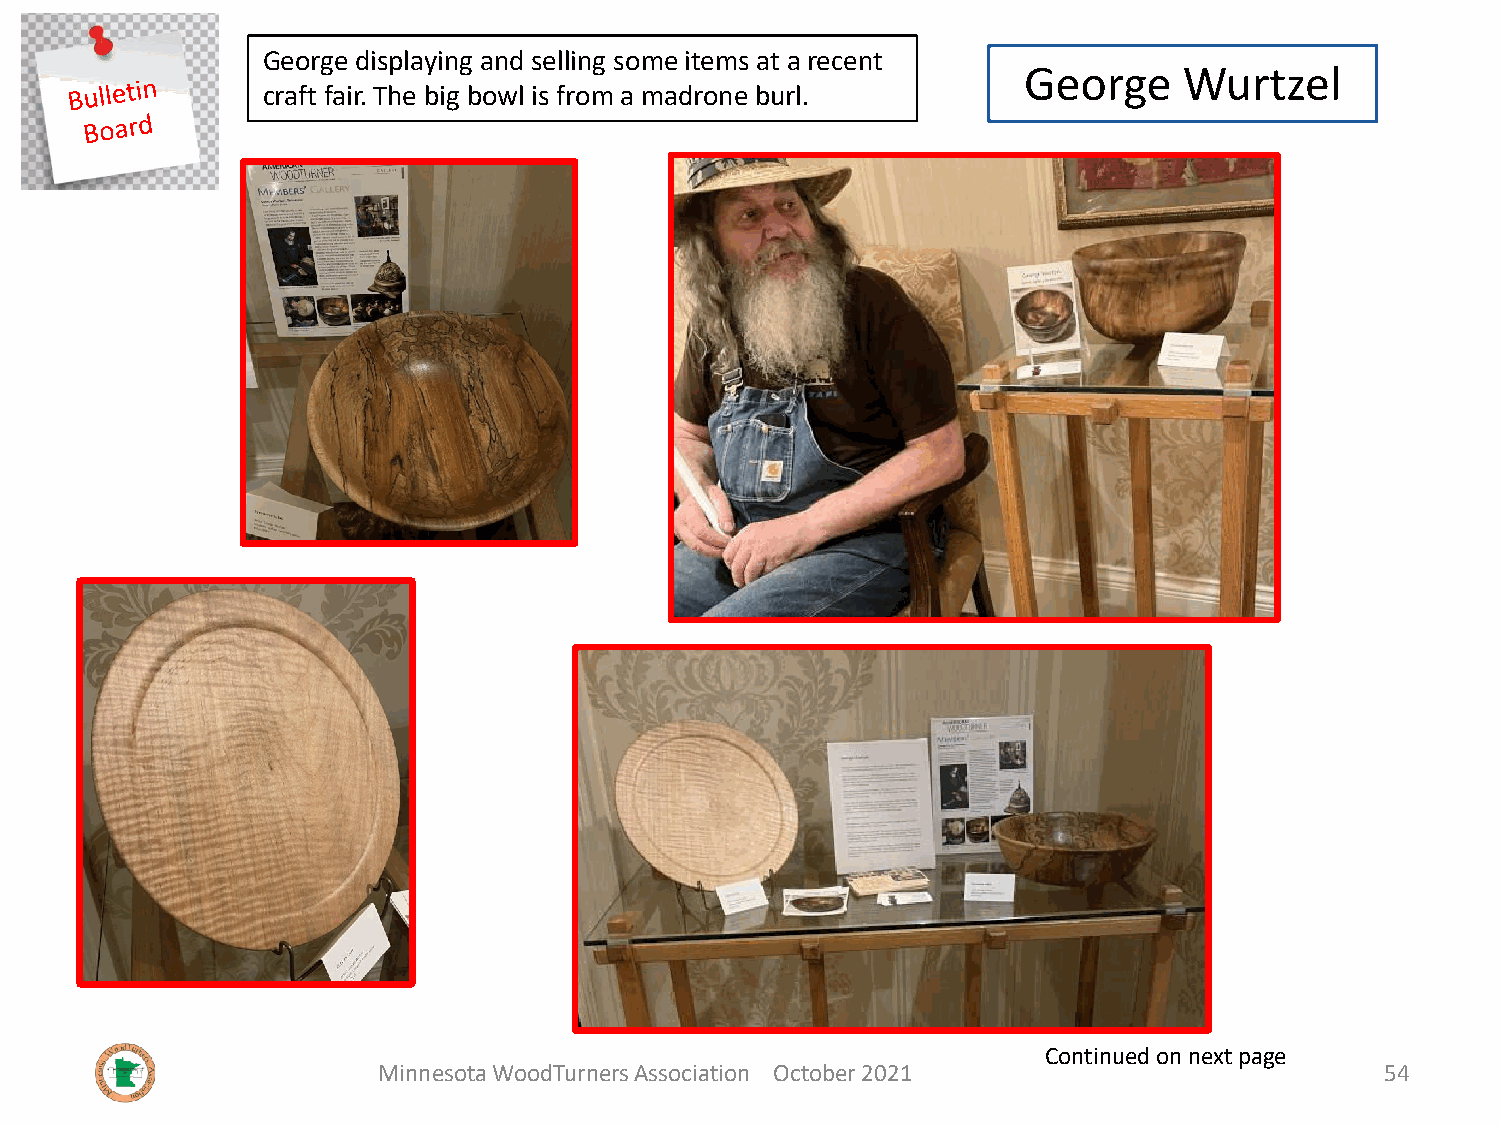
George displaying and selling some items at a recent
 George    Wurtzel
 craft fair. The big bowl is from a madrone burl.
 Continued on next page
 Minnesota WoodTurners Association October 2021                     54